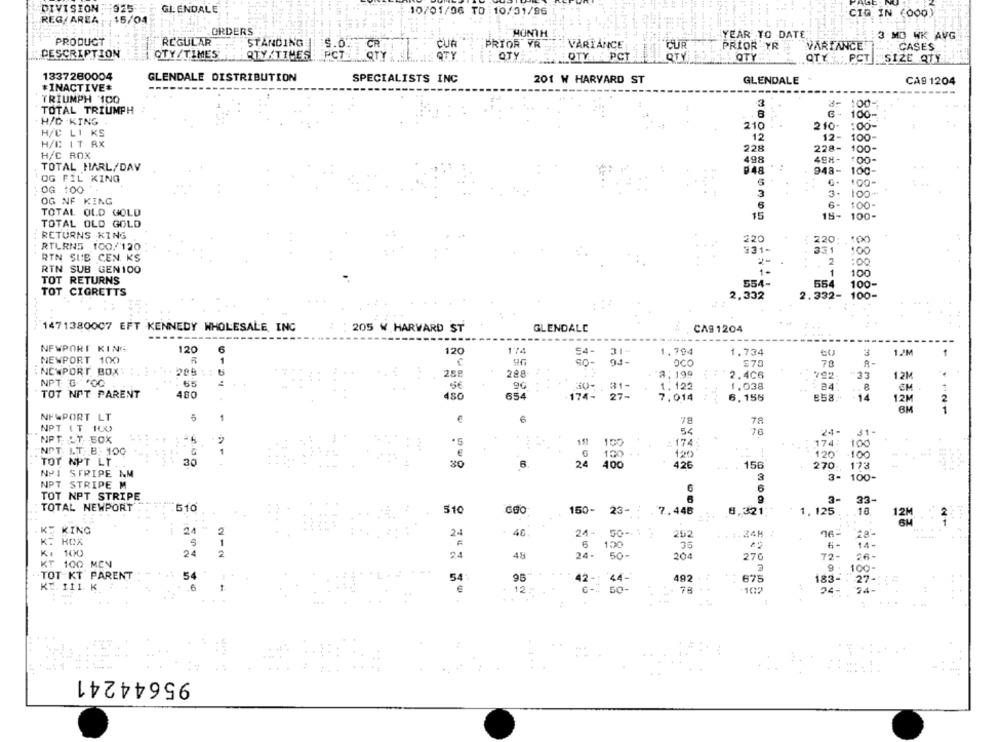
DIVISION 925
GLENDALE
10/01/06 TO 10/31/96
CIG IN (000)
REG/ AREA .15/04
ORDERS
MONTH
YEAR TO DATE:
3 MO WK AVG
PRODUCT
"REGULAR
STANDING
PRIOR YR
VARIANCE
CUR
CUR
PRIOR YR
VARFANCE
CASES
DESCRIPTION
OTY/TIMES
QTY TIMES
STY
QTY
OTY
QTY PCT
QTY
OTY
QTY PCT SIZE QTY
1337280004
GLENDALE DISTRIBUTION
SPECIALISTS INC
201 W HARVARD ST
GLENDALE
CA9 1204
*INACTIVE#
-----
TRIUMPH 100
3
100-
TOTAL TRIUMPH
100-
H/D KING
210
210-
:00-
H/C LI KS
12
12-
100
H/C IT RX
228
228-
100-
H/C ROX
498
498-
TOTAL HARL/DAY
048
948-
100-
OG FIL KING
100-
OG 100
3
3.
100-
OG NF KING
6
6- 100-
TOTAL OLD GOLD
15
15- 100-
TOTAL OLD GOLD
RETURNS KING
220
220:
100
RTURNS 100//120
331-
331
100
RTN SUB CEN KS
2
:00
RIN SUB GEN100
1-
1
100
TOT RETURNS
554-
100-
554
TOT CIGRETTS
2,332
2.332-
100-
1471380007 EFT KENNEDY WHOLESALE, INC
205 W HARWARD ST
GLENDALE
CA9 1204
NEWPORT KING
120
6
174
31+
120
54-
1.794
1.734
1.2M
NEWPORT 100
1
80-
OCO
78
R-
: NEWPORT BOX : 1. 3.
.
288
288
3.199
2.4C6
792.
+33
12M
NPT G*OG
65
9G
30-
31-
1.122
1.038
24
EM
TOT NPT PARENT
400
480
654
174-
27-
7,014
6.155
E58.+
14
12M
6M
21
NEWPORT LT
5
1
78
78
NPT IT 100
.54
76
24-
31-
NPT. T. - BOX
19
100
: 174
174
100
NPT. I.T. B: 10G
€
120
6 100
120
100
TOT NPT LT.
30
30
6
24 400
426
156
270
173
NºI STRIPE NM
3
3- 100-
NPT STRIPE M
6
TOT NPT STRIPE
3-
33-
TOTAL NEWPORT
510
510
150- 23- : . 7.448
8,321
1. 125
10
2M
KE KING
21
2
40
24- 50-1 2
202
28-
K: KCX
1
6
120
35
6 -
14-
K. 100
2
24-
50-
204
276
72-
26-
KT 100 MEN
9 .
100-
TOT KT PARENT
54
54:
95
42-
44-
492
675
183-
KE. 111. K
6
27
12
50-
- 78
24-
54-
95644241